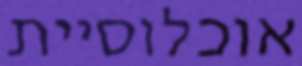
אוכלוסיית